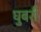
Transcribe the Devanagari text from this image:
घुबरी